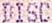
DISC